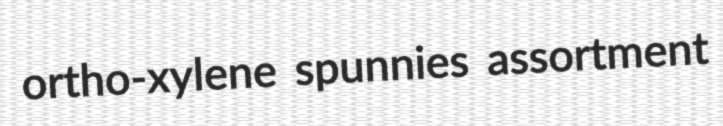
ortho-xylene spunnies assortment